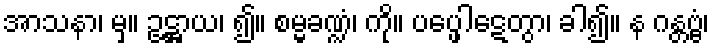
အာသနာ၊ မှ။ ဥဋ္ဌာယ၊ ၍။ စမ္မခဏ္ဍံ၊ ကို။ ပပ္ဖေါဋေတွာ၊ ခါ၍။ န ဂန္တဗ္ဗံ၊